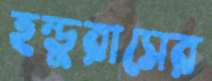
হন্ডুরাসের